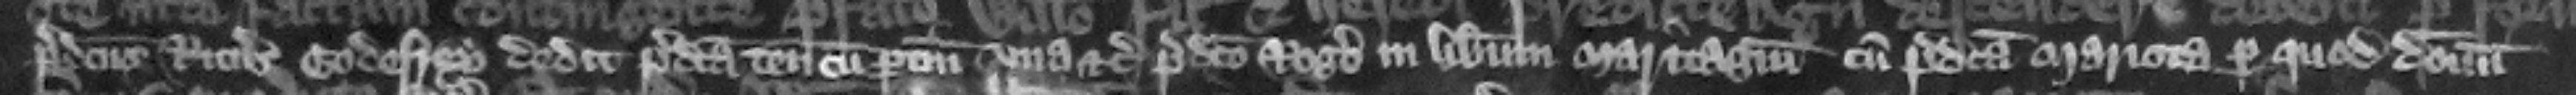
predictus Ricardus Godefrey dedit predicta tenementa cum pertinenciis vna etc. predicto Rogero in liberum maritagium cum predicta Mariota. Per quod donum